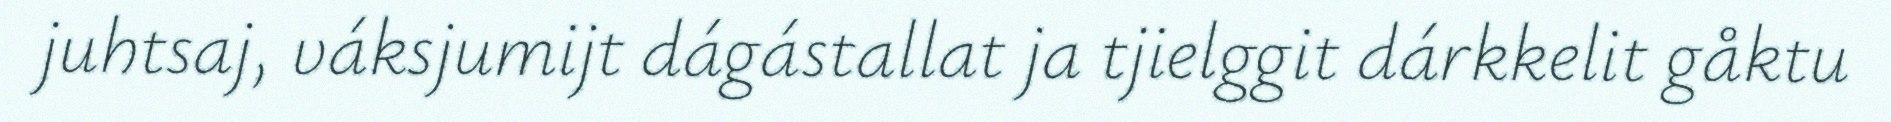
juhtsaj, váksjumijt dágástallat ja tjielggit dárkkelit gåktu